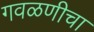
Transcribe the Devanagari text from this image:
गवळणीचा